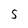
Character: s